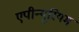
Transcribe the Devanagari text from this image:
एपीन्यूरियम